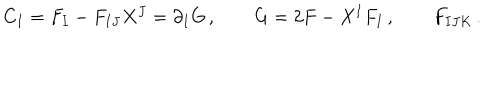
C _ { I } = F _ { I } - F _ { I J } X ^ { J } = \partial _ { I } G \, , \qquad G = 2 F - X ^ { I } F _ { I } \, , \qquad F _ { I J K } \, .